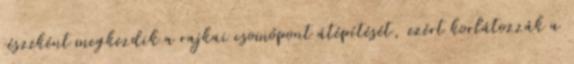
részeként megkezdik a rajkai csomópont átépítését, ezért korlátozzák a